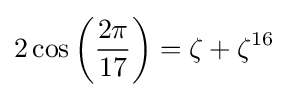
2\cos \left({\frac {2\pi }{17}}\right)=\zeta +\zeta ^{16}